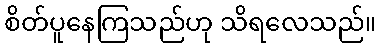
စိတ်ပူနေကြသည်ဟု သိရလေသည်။